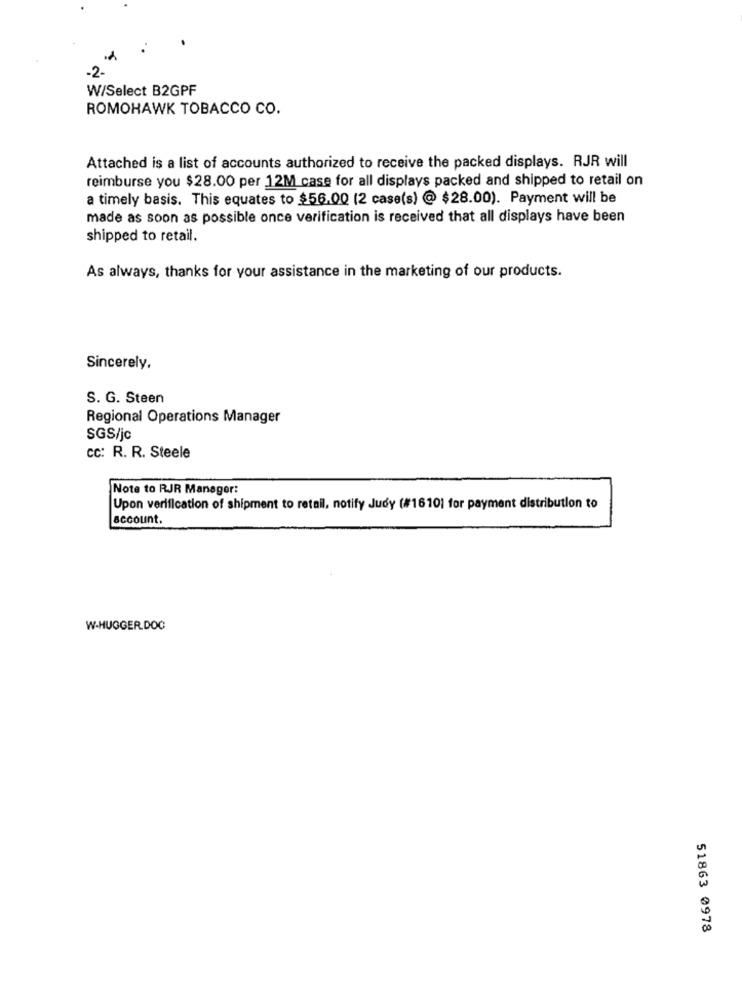
-2.
W/Select B2GPF
ROMOHAWK TOBACCO CO.
Attached is a list of accounts authorized to receive the packed displays. RJR will
reimburse you $28.00 per 12M case for all displays packed and shipped to retail on
a timely basis. This equates to $56.00 (2 case(s) @ $28.00). Payment will be
made as soon as possible once verification is received that all displays have been
shipped to retail.
As always, thanks for your assistance in the marketing of our products.
Sincerely,
S. G. Steen
Regional Operations Manager
SGS/jc
cc: R. R. Steele
Note to RJR Manager:
Upon verification of shipment to retail, notify Judy (#1610) for payment distribution to
account.
W.HUGGER.DOC
51863 0978